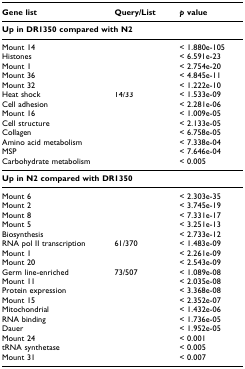
<table><thead><tr><td><b>Gene list</b></td><td><b>Query/List</b></td><td><b><i>p </i>value</b></td></tr></thead><tbody><tr><td colspan="3"><b>Up in DR1350 compared with N2</b></td></tr><tr><td>Mount 14</td><td>[EMPTY_CELL]</td><td>&lt; 1.880e-105</td></tr><tr><td>Histones</td><td>[EMPTY_CELL]</td><td>&lt; 6.591e-23</td></tr><tr><td>Mount 1</td><td>[EMPTY_CELL]</td><td>&lt; 2.754e-20</td></tr><tr><td>Mount 36</td><td>[EMPTY_CELL]</td><td>&lt; 4.845e-11</td></tr><tr><td>Mount 32</td><td>[EMPTY_CELL]</td><td>&lt; 1.222e-10</td></tr><tr><td>Heat shock</td><td>14/33</td><td>&lt; 1.533e-09</td></tr><tr><td>Cell adhesion</td><td>[EMPTY_CELL]</td><td>&lt; 2.281e-06</td></tr><tr><td>Mount 16</td><td>[EMPTY_CELL]</td><td>&lt; 1.009e-05</td></tr><tr><td>Cell structure</td><td>[EMPTY_CELL]</td><td>&lt; 2.133e-05</td></tr><tr><td>Collagen</td><td>[EMPTY_CELL]</td><td>&lt; 6.758e-05</td></tr><tr><td>Amino acid metabolism</td><td>[EMPTY_CELL]</td><td>&lt; 7.338e-04</td></tr><tr><td>MSP</td><td>[EMPTY_CELL]</td><td>&lt; 7.646e-04</td></tr><tr><td>Carbohydrate metabolism</td><td>[EMPTY_CELL]</td><td>&lt; 0.005</td></tr><tr><td colspan="3"><b>Up in N2 compared with DR1350</b></td></tr><tr><td>Mount 6</td><td>[EMPTY_CELL]</td><td>&lt; 2.303e-35</td></tr><tr><td>Mount 2</td><td>[EMPTY_CELL]</td><td>&lt; 3.745e-19</td></tr><tr><td>Mount 8</td><td>[EMPTY_CELL]</td><td>&lt; 7.331e-17</td></tr><tr><td>Mount 5</td><td>[EMPTY_CELL]</td><td>&lt; 3.251e-13</td></tr><tr><td>Biosynthesis</td><td>[EMPTY_CELL]</td><td>&lt; 2.733e-12</td></tr><tr><td>RNA pol II transcription</td><td>61/370</td><td>&lt; 1.483e-09</td></tr><tr><td>Mount 1</td><td>[EMPTY_CELL]</td><td>&lt; 2.261e-09</td></tr><tr><td>Mount 20</td><td>[EMPTY_CELL]</td><td>&lt; 2.543e-09</td></tr><tr><td>Germ line-enriched</td><td>73/507</td><td>&lt; 1.089e-08</td></tr><tr><td>Mount 11</td><td>[EMPTY_CELL]</td><td>&lt; 2.035e-08</td></tr><tr><td>Protein expression</td><td>[EMPTY_CELL]</td><td>&lt; 3.368e-08</td></tr><tr><td>Mount 15</td><td>[EMPTY_CELL]</td><td>&lt; 2.352e-07</td></tr><tr><td>Mitochondrial</td><td>[EMPTY_CELL]</td><td>&lt; 1.432e-06</td></tr><tr><td>RNA binding</td><td>[EMPTY_CELL]</td><td>&lt; 1.736e-05</td></tr><tr><td>Dauer</td><td>[EMPTY_CELL]</td><td>&lt; 1.952e-05</td></tr><tr><td>Mount 24</td><td>[EMPTY_CELL]</td><td>&lt; 0.001</td></tr><tr><td>tRNA synthetase</td><td>[EMPTY_CELL]</td><td>&lt; 0.005</td></tr><tr><td>Mount 31</td><td>[EMPTY_CELL]</td><td>&lt; 0.007</td></tr></tbody></table>